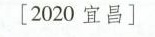
[2020 宜昌]